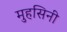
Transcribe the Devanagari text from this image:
मुहसिनी